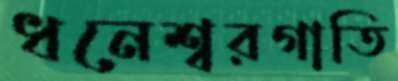
ধনেশ্বরগাতি